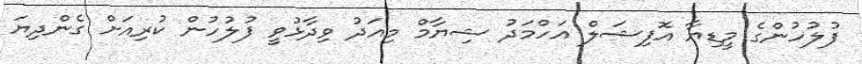
ފުލުހުންގެ މީޑިޔާ އޮފިޝަލް އަހްމަދު ޝިޔާމް މިއަދު ވިދާޅުވީ ފުލުހުން ކުރިއަށް ގެންދިޔަ